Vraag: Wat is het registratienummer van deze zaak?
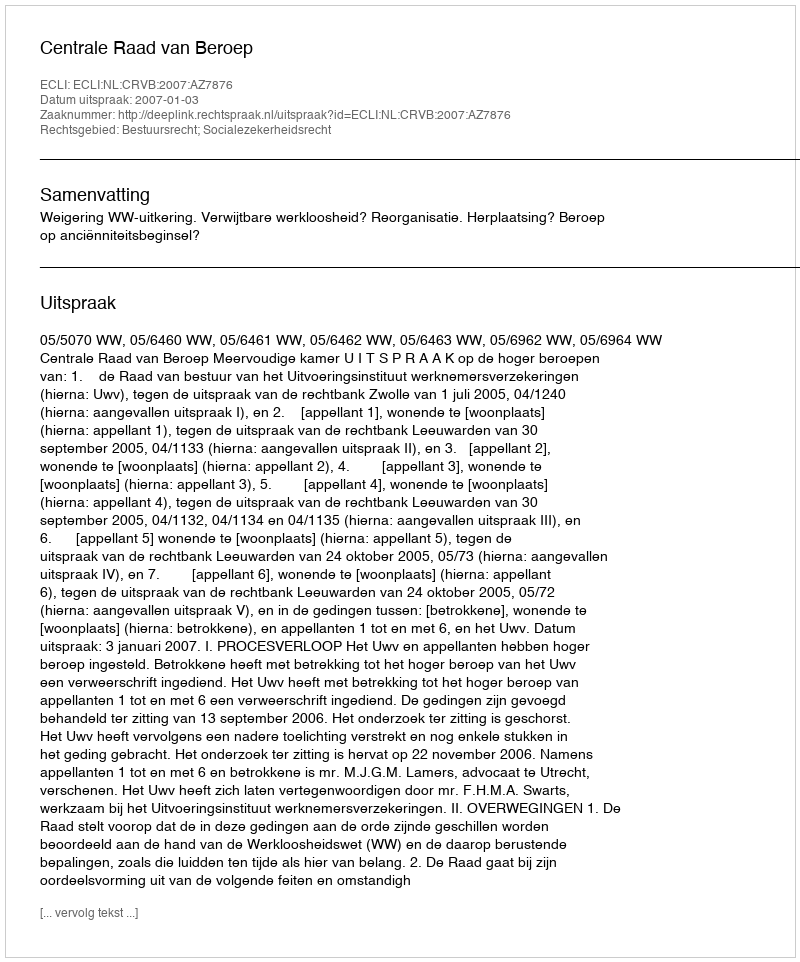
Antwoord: http://deeplink.rechtspraak.nl/uitspraak?id=ECLI:NL:CRVB:2007:AZ7876